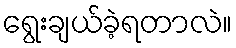
ရွေးချယ်ခဲ့ရတာလဲ။